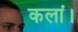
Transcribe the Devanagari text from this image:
कलां।